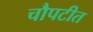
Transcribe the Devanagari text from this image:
चौपटीत